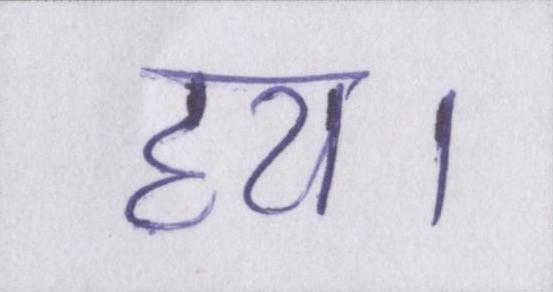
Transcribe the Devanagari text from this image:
हय।